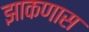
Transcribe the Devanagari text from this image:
झाकणास